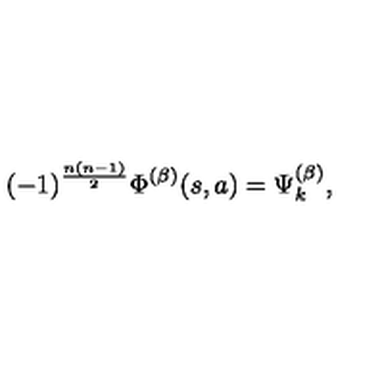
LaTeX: ( - 1 ) ^ { \frac { n ( n - 1 ) } { 2 } } \Phi ^ { ( \beta ) } ( s , a ) = \Psi _ { k } ^ { ( \beta ) } ,